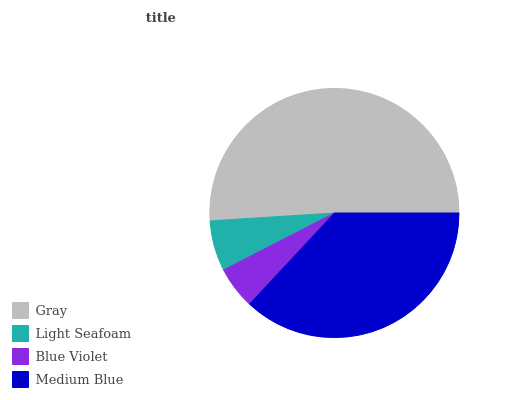
| Gray | Light Seafoam | Blue Violet | Medium Blue |
 | --- | --- | --- | --- |
 | 51% | 6.55% | 5.51% | 37% |